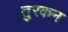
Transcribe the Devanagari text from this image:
तुरकन